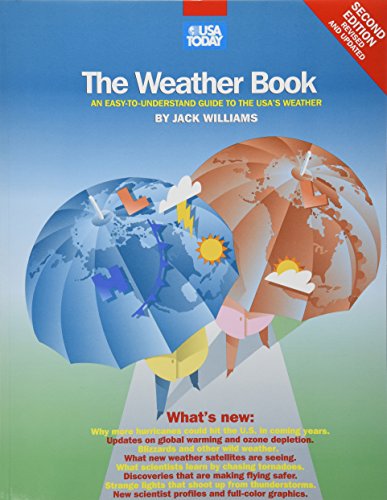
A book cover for The Weather Book: An Easy-to-Understand Guide to the USA's Weather; Jack Williams; Science & Math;